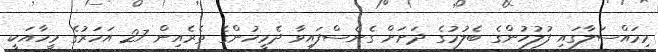
މިމައްސަލާގައި ފުލުހުންގެ ބެލުމުގެ ދަށަށް ގެނެސްފައިވާ ދެމީހުންގެ ތެރެއިން 27 އަހަރުގެ މީހާއަކީ